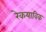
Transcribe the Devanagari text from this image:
रेकयाविक